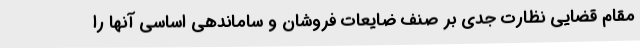
مقام قضایی نظارت جدی بر صنف ضایعات فروشان و ساماندهی اساسی آنها را